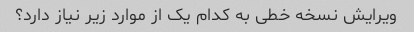
ویرایش نسخه خطی به کدام یک از موارد زیر نیاز دارد؟